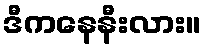
ဒီကနေနီးလား။